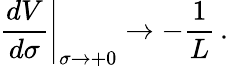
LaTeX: \left.\frac{dV}{d\sigma}\right|_{\sigma\rightarrow+0}\rightarrow-\frac{1}{L}\, .